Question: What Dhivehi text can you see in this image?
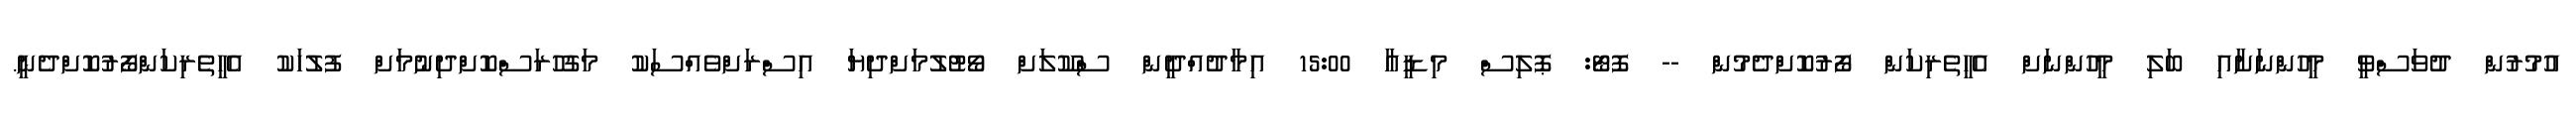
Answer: އުމުރުން ދުވަސްވީ މީހުންނަށާއި ބަލި މީހުންނަށް އެހީތެރިކަން ފޯރުކޮށްދެމުން -- ފޮޓޯ: ޕޮލިސް މިޑީއާ 15:00 އިމާދުއްދީން ސްކޫލަށް ވޯޓުލުމަށްދިޔަ އިސްރަށްވެއްސަކު މަގުހުރަސްކޮށްދިނުމަށް ފުލުހަކު އެހީތެރިކަންފޯރުކޮށްދެނީ.